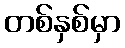
တစ်နှစ်မှာ